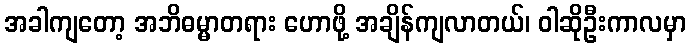
အခါကျတော့ အဘိဓမ္မာတရား ဟောဖို့ အချိန်ကျလာတယ်၊ ဝါဆိုဦးကာလမှာ